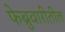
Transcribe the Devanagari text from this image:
फेब्रुवारीतील